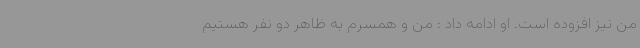
من نیز افزوده است. او ادامه داد : من و همسرم به ظاهر دو نفر هستیم